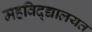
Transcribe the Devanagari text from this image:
महविद्द्यालयत